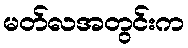
မတ်လအတွင်းက